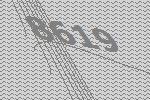
8619